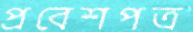
প্রবেশপত্র